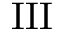
\operatorname { I I I }